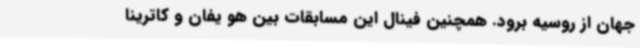
جهان از روسیه برود. همچنین فینال این مسابقات بین هو یفان و کاترینا